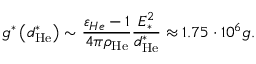
g ^ { \ast } \left( d _ { \mathrm { H e } } ^ { \ast } \right) \sim \frac { \varepsilon _ { H e } - 1 } { 4 \pi \rho _ { \mathrm { H e } } } \frac { E _ { \ast } ^ { 2 } } { d _ { \mathrm { H e } } ^ { \ast } } \approx 1 . 7 5 \cdot 1 0 ^ { 6 } g .